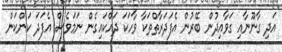
އަދި ގާނޫނާއި ގަވާއިދުން ބޭރުން އެފަދަރާތްތަކާ ވާހަކަ ދައްކައިގެން ނަމަވެސް އެފަދަ ކަންކަން